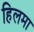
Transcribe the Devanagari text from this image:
हिलमा